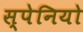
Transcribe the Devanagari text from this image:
स्पेनियो